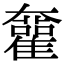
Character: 𡚜